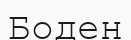
Боден